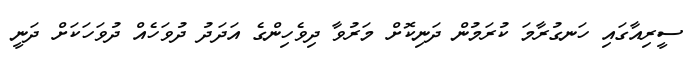
ސީރިއާގައި ހަނގުރާމަ ކުރަމުން ދަނިކޮށް މަރުވާ ދިވެހިންގެ އަދަދު ދުވަހެއް ދުވަހަކަށް ދަނީ